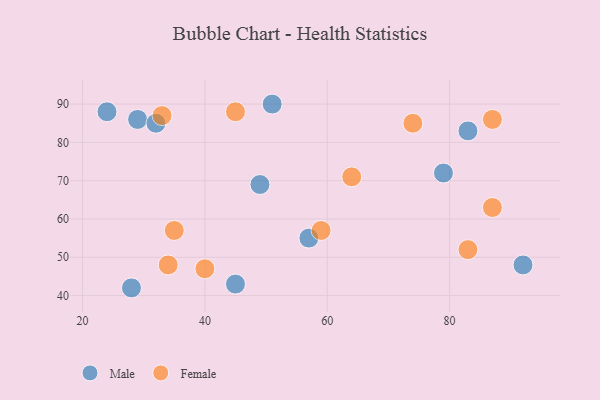
{"axis": {"x": "GDP", "y": "Life Expectancy"}, "legend": ["Female", "Male"], "data": [{"x": "79", "y": 72, "type": "Male"}, {"x": "49", "y": 69, "type": "Male"}, {"x": "92", "y": 48, "type": "Male"}, {"x": "29", "y": 86, "type": "Male"}, {"x": "32", "y": 85, "type": "Male"}, {"x": "45", "y": 43, "type": "Male"}, {"x": "83", "y": 83, "type": "Male"}, {"x": "57", "y": 55, "type": "Male"}, {"x": "24", "y": 88, "type": "Male"}, {"x": "51", "y": 90, "type": "Male"}, {"x": "28", "y": 42, "type": "Male"}, {"x": "87", "y": 63, "type": "Female"}, {"x": "33", "y": 87, "type": "Female"}, {"x": "87", "y": 86, "type": "Female"}, {"x": "40", "y": 47, "type": "Female"}, {"x": "59", "y": 57, "type": "Female"}, {"x": "45", "y": 88, "type": "Female"}, {"x": "35", "y": 57, "type": "Female"}, {"x": "74", "y": 85, "type": "Female"}, {"x": "64", "y": 71, "type": "Female"}, {"x": "34", "y": 48, "type": "Female"}, {"x": "83", "y": 52, "type": "Female"}]}